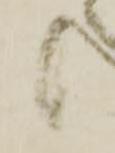
候